Leaving Certificate Examination (including Day School Certificate (Higher) General paper), 1934
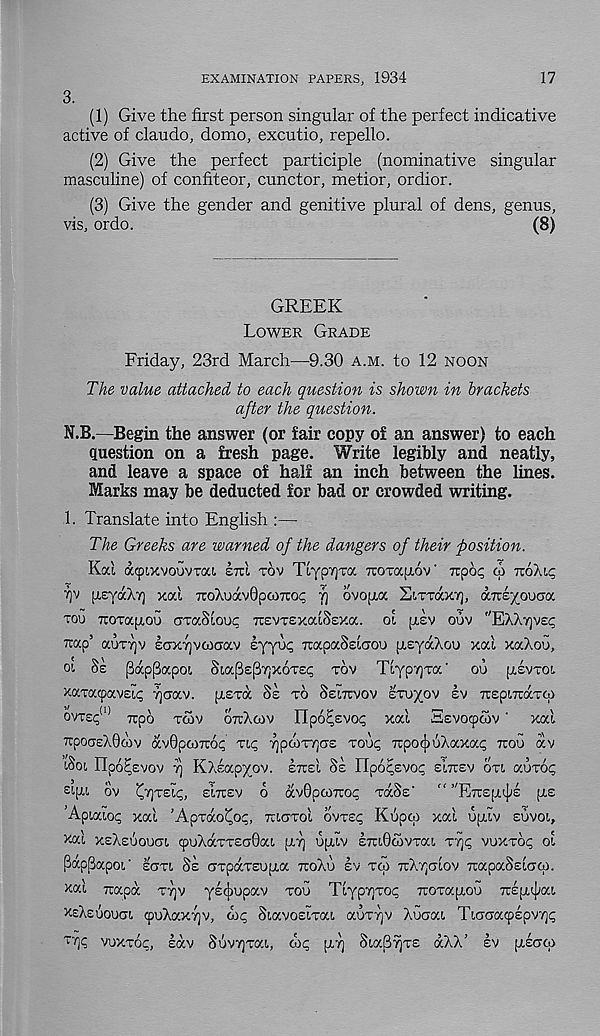
3.
EXAMINATION PAPERS, 1934
17
(1) Give the first person singular of the perfect indicative
active of claudo, domo, excutio, repello.
(2) Give the perfect participle (nominative singular
masculine) of confiteor, cunctor, metior, ordior.
(3) Give the gender and genitive plural of dens, genus,
vis, ordo.
(8)
GREEK
LOWER GRADE
Friday, 23rd March—9.30 A.M. to 12 NOON
The value attached to each question is shown in brackets
after the question.
N.B.—Begin the answer (or fair copy of an answer) to each
question on a fresh page. Write legibly and neatly,
and leave a space of half an inch between the lines.
Marks may be deducted for bad or crowded writing.
1. Translate into English :—
The Greeks are warned of the dangers of their position.
Kocl atpixvouvxai. era TOV TfypvjTa Troxocpov' Ttpop a> TTOALC
7)V [J-eyaAT) xal TroAuavOpaiTiop fj ovopa E'.TTaxy, aTreyouca
TOU TroTapou axaSiouc TuevxexafSexa. ol pev ouv "EAXyvsc
TOp’ aoxyv ECTxyjvfOCTav eyyup TxapaSsfaou psyaXou xal xaXou,
oi. Se papPapoi Sia(3£j37ix6xei; xov Tlyp'/)xa' oo pivxoi
xaxacpavEtp Tjcrav. psxa Ss TO Semvov sxuyov sv TrEpixaxoi
ovTsp 10 Tupo r&v ou-Xcov Ilpo^evop xal Eevoipcov' xal
TrpotjeXGdiv avOpamop Tip yjpwxycre xoop TipocjioXaxap TTOU av
iSoi Ilpo^evov rj KXeapyov. Excel Se Ilpopevoc EITCEV OXI aoxoc
si.pi. ov ^TjxEip, EITCEV o avOpoiTcop xaSs’ " ’'Excepts ps
'Apiaiop xal ’Apxao^op, xuaxol ovxep Kupqi xal uplv suvoi,
xal xeXeuoucn, cpoXaxxEaOai, py] opiv exxiOcovxai xyp vuxxop ol
^apBapoi' ecm Se crxpaxeupa xcoXo ev xa) xrXycxlov xcapaSslocp.
xal xcapa TTJV yscjjupav xou Tlypiyrop xcoxapoo xcep^at.
XEXEUOUOL cpuXaxTjv, dip Siavoeixai. aux7]v Xuaat. Tujaacpepvr}<;
^ vuxxop, lav SuvTjxai., dip px] SiaSyxs dXX’ ev plcroi